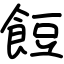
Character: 餖